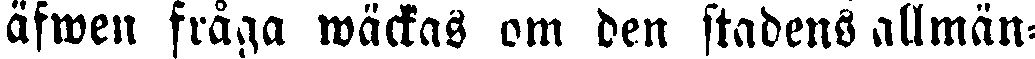
äfwen fråga wäckas om den stadens allmän-